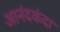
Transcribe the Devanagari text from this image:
आनंदकंदा